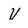
Character: v